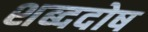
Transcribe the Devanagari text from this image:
शब्ददोष